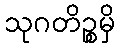
သုဂတိဉ္စမှိ